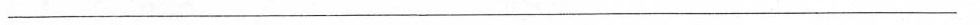
___